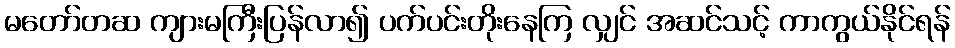
မတော်တဆ ကျားမကြီးပြန်လာ၍ ပက်ပင်းတိုးနေကြ လျှင် အဆင်သင့် ကာကွယ်နိုင်ရန်